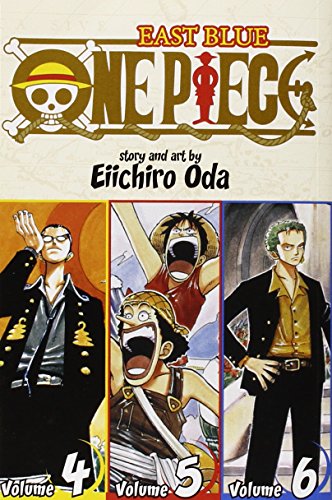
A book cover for One Piece: East Blue 4-5-6; Eiichiro Oda; Comics & Graphic Novels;